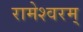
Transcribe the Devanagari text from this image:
रामेश्वरम्‌